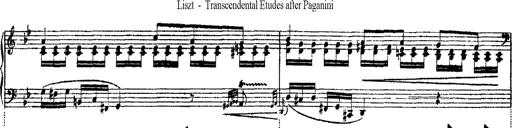
Title: Ã‰tudes d'exÃ©cution transcendante d'aprÃ¨s Paganini
Composer: Franz Liszt